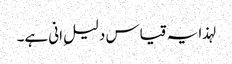
لہذا یہ قیاس دلیلِ انی ہے۔